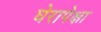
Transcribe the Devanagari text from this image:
घेरापेक्षा